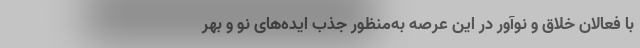
با فعالان خلاق و نوآور در این عرصه به‌منظور جذب ایده‌های نو و بهر